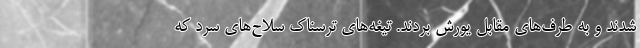
شدند و به طرف‌های مقابل یورش بردند. تیغه‌های ترسناک سلاح‌های سرد که